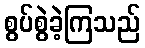
စွပ်စွဲခဲ့ကြသည်